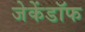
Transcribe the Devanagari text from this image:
जेकेंडॉफ